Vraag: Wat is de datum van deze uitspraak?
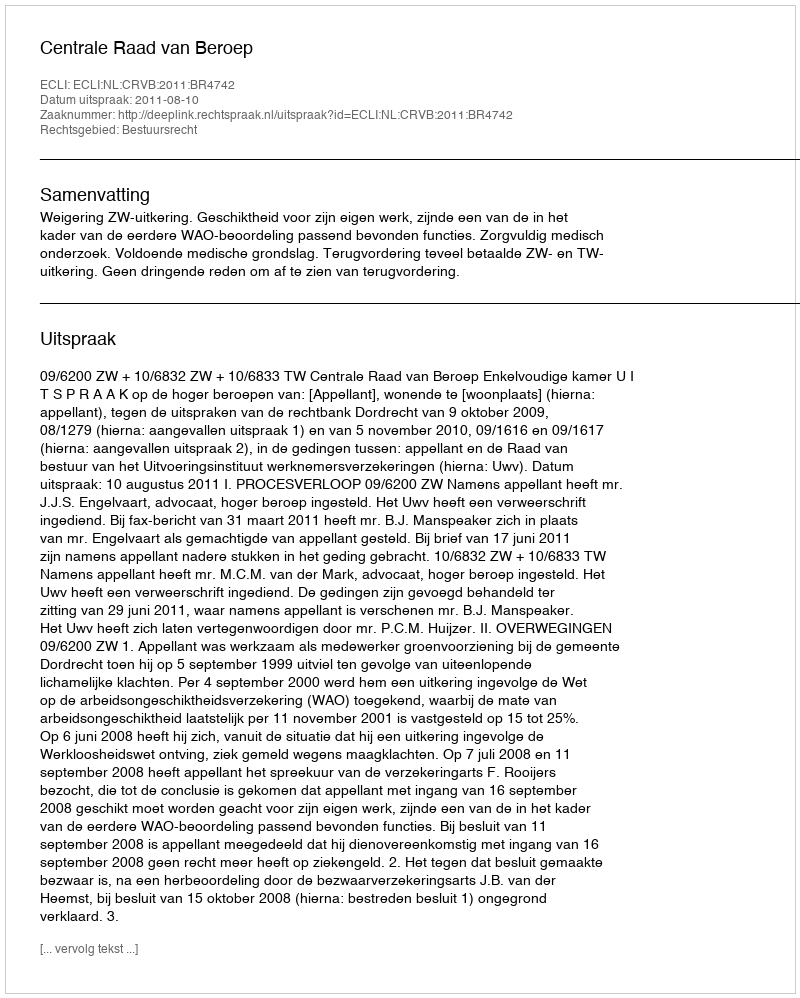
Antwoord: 2011-08-10